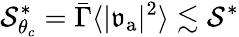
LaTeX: \mathcal{S}_{\theta_{c}}^{*}=\bar{\Gamma}\langle\vert\mathfrak{v}_{\mathrm{a}}\vert^{2}\rangle\lesssim\mathcal{S}^{*}